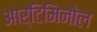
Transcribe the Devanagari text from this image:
आर्टिमिनोल